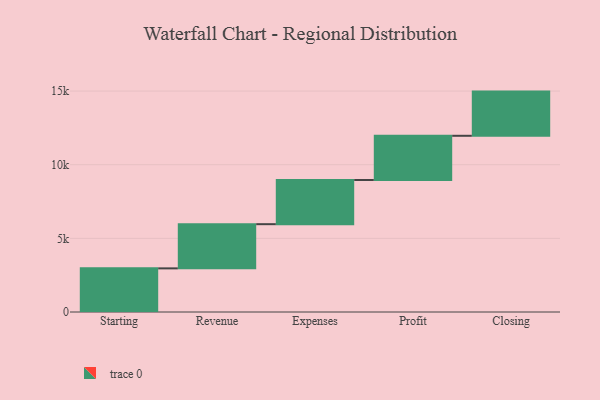
{"axis": {"x": "Step", "y": "Value"}, "legend": [""], "data": [{"x": "Starting", "y": 2962.0, "type": ""}, {"x": "Revenue", "y": 3000, "type": ""}, {"x": "Expenses", "y": 3000, "type": ""}, {"x": "Profit", "y": 3000, "type": ""}, {"x": "Closing", "y": 3000, "type": ""}]}